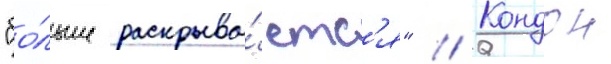
"бо́льше раскрыва́етс'я" // Кондон